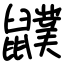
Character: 𪖈